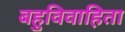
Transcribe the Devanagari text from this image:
बहुविवाहिता